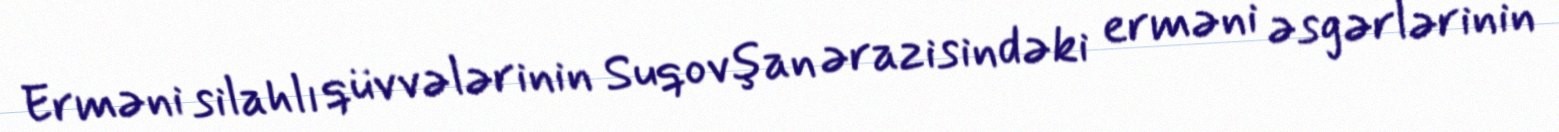
Erməni silahlı qüvvələrinin Suqovşan ərazisindəki erməni əsgərlərinin